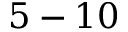
5 - 1 0